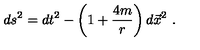
d s ^ { 2 } = d t ^ { 2 } - \left( 1 + { \frac { 4 m } { r } } \right) d \vec { x } ^ { 2 } \ .